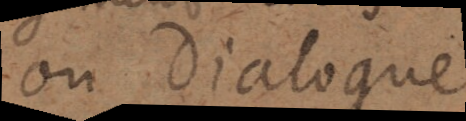
ou dialogue